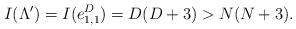
LaTeX: \begin{align*}I(\Lambda') = I(e_{1,1}^D) = D(D+3) > N(N+3).\end{align*}